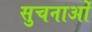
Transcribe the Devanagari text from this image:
सुचनाओं